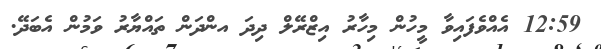
12:59 އެއްވެފައިވާ މީހުން މިހާރު އިޒްރޭލް ދިދަ އންދަން ތައްޔާރު ވަމުން އެބަދޭ.